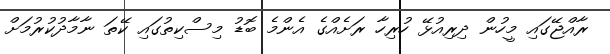
ރާއްޖޭގައި މީހުން ދިރިއުޅޭ ހުރިހާ ރަށެއްގެ އެންމެ ބޮޑު މިސްކިތުގައި ކޭތަ ނާމާދުކުރުމަށް